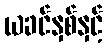
ယခင်နှစ်နှင့်